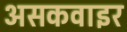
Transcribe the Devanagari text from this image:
असकवाइर